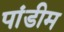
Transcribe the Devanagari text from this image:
पांडीम